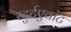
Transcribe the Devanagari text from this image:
स्टुर्टएवांट